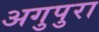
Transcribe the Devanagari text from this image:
अगुपुरा